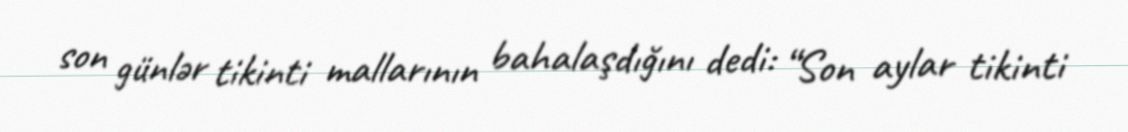
son günlər tikinti mallarının bahalaşdığını dedi: “Son aylar tikinti